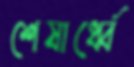
শেষার্ধ্বে